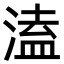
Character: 溘